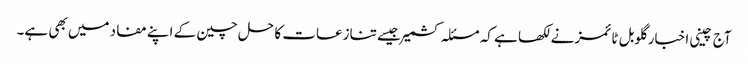
آج چینی اخبار گلوبل ٹائمزنے لکھا ہے کہ مسئلہ کشمیر جیسے تنازعات کا حل چین کے اپنے مفاد میں بھی ہے۔